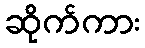
ဆိုက်ကား